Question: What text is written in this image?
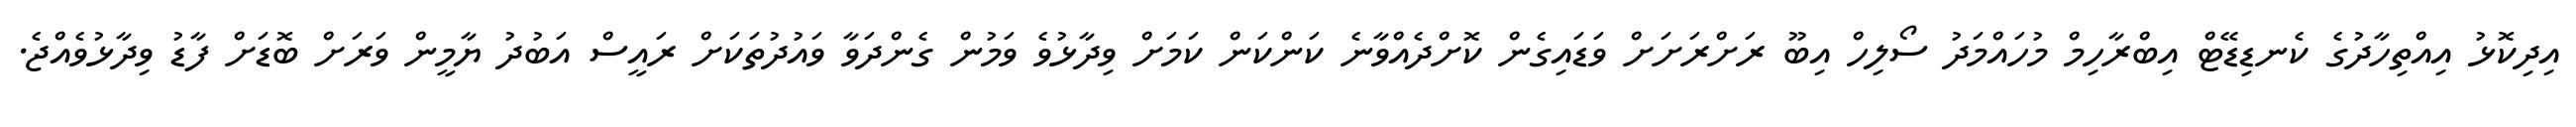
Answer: އިދިކޮޅު އިއްތިހާދުގެ ކެނޑިޑޭޓް އިބްރާހިމް މުހައްމަދު ސޯލިހް އިބޫ ރަށްރަށަށް ވަޑައިގެން ކޮށްދެއްވާނެ ކަންކަން ކަމަށް ވިދާޅުވެ ވަމުން ގެންދަވާ ވައުދުތަކަށް ރައީސް އަބުދު ޔާމީން ވަރަށް ބޮޑަށް ފާޑު ވިދާޅުވެއްޖެ.